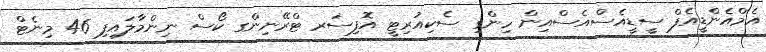
އެމްއެންޑީއެފް ސީޑީއެސްއެސްއިން ހިންގި ސެކިއުރިޓީ އޮފިސަރ ޓްރޭނިންގ ކޯސް ނިންމާލައިފި 46 މިނެޓް